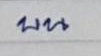
บน